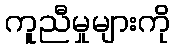
ကူညီမှုများကို